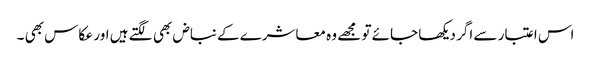
اس اعتبار سے اگر دیکھا جائے تو مجھے وہ معاشرے کے نباض بھی لگتے ہیں اور عکاس بھی ۔